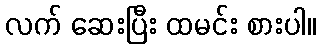
လက် ဆေးပြီး ထမင်း စားပါ။